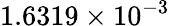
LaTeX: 1.6319\times 10^{-3}